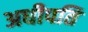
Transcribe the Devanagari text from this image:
अधीपति